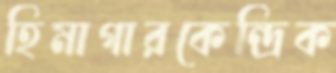
হিমাগারকেন্দ্রিক